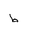
Letter: _da